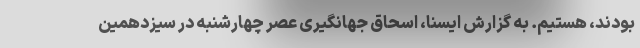
بودند، هستیم. به گزارش ایسنا، اسحاق جهانگیری عصر چهارشنبه در سیزدهمین